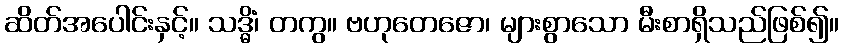
ဆိတ်အပေါင်းနှင့်။ သဒ္ဓိံ၊ တကွ။ ဗဟုတေဇော၊ များစွာသော မီးစာရှိသည်ဖြစ်၍။